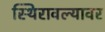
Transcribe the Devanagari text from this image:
स्थिरावल्यावर